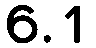
6.1